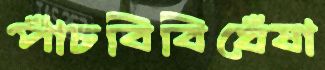
পাঁচবিবিঘেঁষা